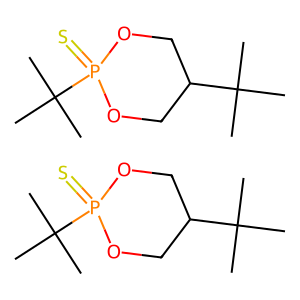
SMILES: CC(C)(C)C1COP(=S)(C(C)(C)C)OC1.CC(C)(C)C1COP(=S)(C(C)(C)C)OC1
Inhibits HIV replication: No